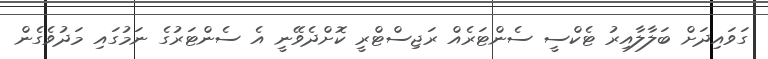
ގަވައިދަށް ބަލާލާއިރު ޓެކްސީ ސެންޓަރެއް ރަޖިސްޓްރީ ކޮށްދެވޭނީ އެ ސެންޓަރުގެ ނަމުގައި މަދުވެގެން